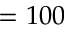
= 1 0 0